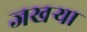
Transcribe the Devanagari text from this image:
जखऱ्या